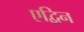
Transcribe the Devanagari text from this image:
एद्विन